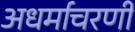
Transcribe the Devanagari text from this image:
अधर्माचरणी